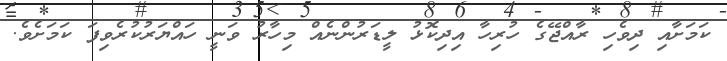
ކަމަށާއި ދިވެހި ރާއްޖޭގެ ހުރިހާ އިދިކޮޅު ލީޑަރުންނެއް މިހާރު ވަނީ ހައްޔަރުކުރެވިފަ ކަމަށެވެ.